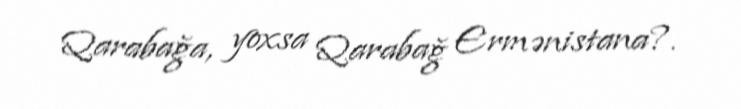
Qarabağa, yoxsa Qarabağ Ermənistana?.